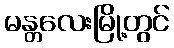
မန္တလေးမြို့တွင်